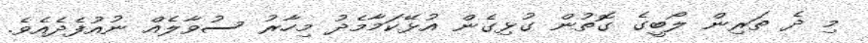
މި ދެ ތަރިން ލޯބީގެ ގޮތުން ގުޅިގެން އުޅޭކަމާމެދު މިހާރު ސުވާލެއް ނުއުފެދެއެވެ.